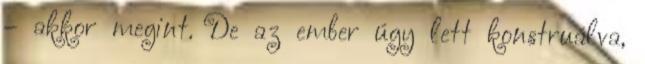
– akkor megint. De az ember úgy lett konstruálva,